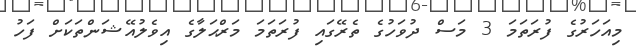
މިއަހަރުގެ ފުރަތަމަ 3 މަސް ދުވަހުގެ ތެރޭގައި ފުރަތަމަ މަރްޙަލާގެ އިވެލުއޭޝަންތަކަށް ފަހު